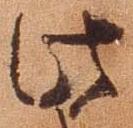
此